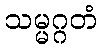
သမ္မဂ္ဂတံ